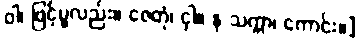
ဝါ၊ ဖြင့်မူလည်း။ ဇေတုံ၊ ငှါ။ န သက္ကာ၊ ကောင်း။]